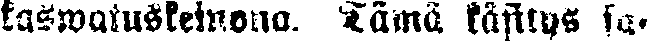
kaswatuskeinona. Tämä käsitys sa-